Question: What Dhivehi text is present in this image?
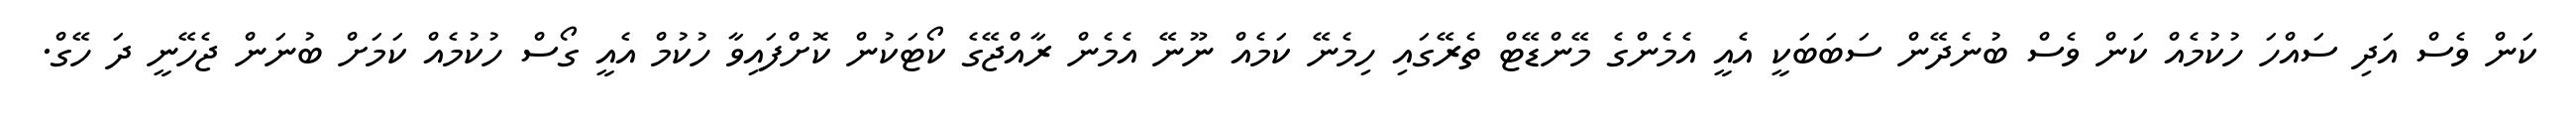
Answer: ކަން ވެސް އަދި ސައްހަ ހުކުމެއް ކަން ވެސް ބުނެދޭން ސަބަބަކީ އެއީ އެމެންގެ މޭންޑޭޓް ތެރޭގައި ހިމެނޭ ކަމެއް ނޫނޭ އެމެން ރާއްޖޭގެ ކޯޓަކުން ކޮށްފައިވާ ހުކުމް އެއީ ގޯސް ހުކުމެއް ކަމަށް ބުނަން ޖެހޭނީ ދަ ހޭގް.